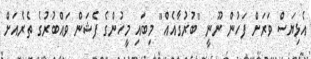
އެޅިޔަސް ވަރަށް ފަހުން ނޫނީ "ބުރުގާއެއް" މިބައި މީހުންގެ ފެޝަން ވައްބުރުގެ ތެރެއަށް